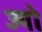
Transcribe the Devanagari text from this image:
ज्‍यो